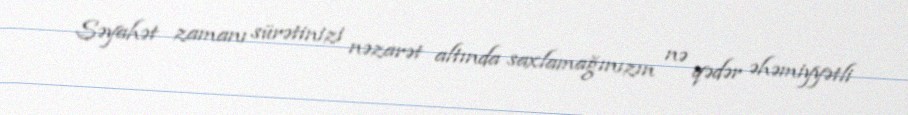
Səyahət zamanı sürətinizi nəzarət altında saxlamağınızın nə qədər əhəmiyyətli